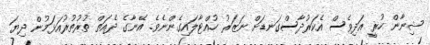
ޝިނާން ހުރީ އަދިވެސް އެކަރުދާސްގަނޑަށް ނަޒަރު ހުއްޓާލައިގެންނެވެ. އޭނާގެ ދެއަތް ތުރުތުރުއަޅަމުން ދިޔަ